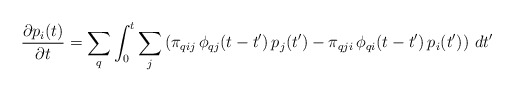
\begin{align*}\displaystyle{\frac{\partial p_i(t)}{\partial t} = \sum_q\int_0^t \sum_j \left(\pi_{qij}\,\phi_{qj}(t-t')\,p_j(t') -\pi_{qji}\,\phi_{qi}(t-t')\,p_i(t')\right)\, dt'}\end{align*}